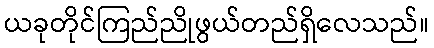
ယခုတိုင်ကြည်ညိုဖွယ်တည်ရှိလေသည်။